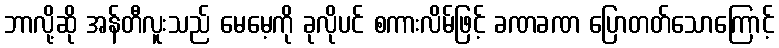
ဘာလို့ဆို အန်တီလူးသည် မေမေ့ကို ခုလိုပင် စကားလိမ်ဖြင့် ခဏခဏ ပြောတတ်သောကြောင့်